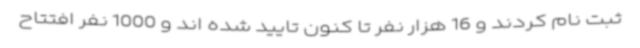
ثبت نام کردند و 16 هزار نفر تا کنون تایید شده اند و 1000 نفر افتتاح